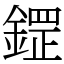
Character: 鎠